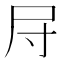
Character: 𱚱